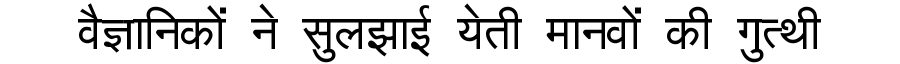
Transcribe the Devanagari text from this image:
वैज्ञानिकों ने सुलझाई येती मानवों की गुत्थी